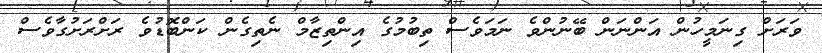
ވަރަށް ގިނަމީހުން އަންނަން ބޭނުންވެ ނަމަވެސް ތިބުމުގެ އިންތިޒާމް ނެތިގެން ކަންބޮޑުވެ ރަށްރަށުގާވެސް